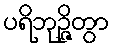
ပရိဘုဉ္ဇိတွာ